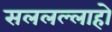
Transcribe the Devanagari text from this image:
सललल्लाहो